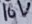
Text: 16V